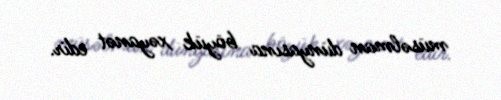
müsəlman dünyasına böyük xəyanət edir.